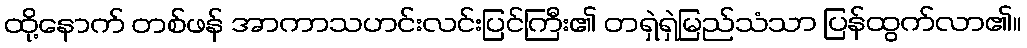
ထို့နောက် တစ်ဖန် အာကာသဟင်းလင်းပြင်ကြီး၏ တရှဲရှဲမြည်သံသာ ပြန်ထွက်လာ၏။